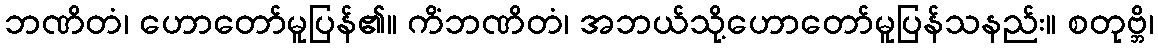
ဘဏိတံ၊ ဟောတော်မူပြန်၏။ ကိံဘဏိတံ၊ အဘယ်သို့ဟောတော်မူပြန်သနည်း။ စတုဗ္ဘိ၊